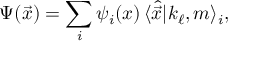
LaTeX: \Psi ( \vec { x } ) = \sum _ { i } \psi _ { i } ( x ) \, \langle \hat { \vec { x } } | k _ { \ell } , m \rangle _ { i } ,